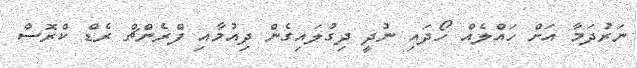
ނަރުދަމާ އަށް ހައްލެއް ހޯދައި ނުދީ ދިގުލައިގެން ދިއުމާއި ފްރެންޗް ރެޑް ކްރޮސް